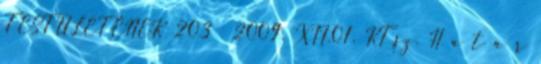
TESTÜLETÉNEK 203 2009. XII.01. KT.sz. H a t á r